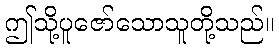
ဤသို့ပူဇော်သောသူတို့သည်။